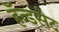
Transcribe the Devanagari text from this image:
हॅन्डसेट